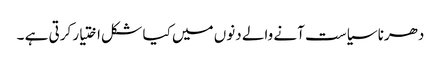
دھرنا سیاست آنے والے دنوں میں کیا شکل اختیار کرتی ہے ۔